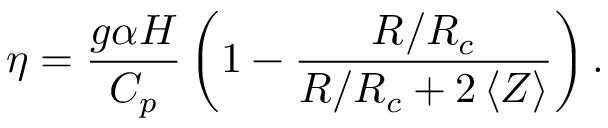
\eta = \frac { g \alpha H } { C _ { p } } \left( 1 - \frac { R / R _ { c } } { R / R _ { c } + 2 \left< Z \right> } \right) .